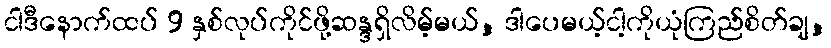
ငါဒီနောက်ထပ် 9 နှစ်လုပ်ကိုင်ဖို့ဆန္ဒရှိလိမ့်မယ်, ဒါပေမယ့်ငါ့ကိုယုံကြည်စိတ်ချ,